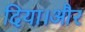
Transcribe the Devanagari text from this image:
दिया।और